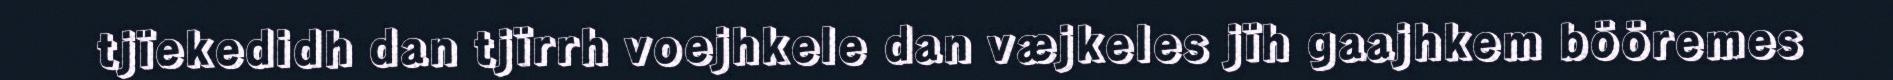
tjïekedidh dan tjïrrh voejhkele dan væjkeles jïh gaajhkem bööremes